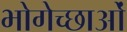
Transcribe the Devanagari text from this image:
भोगेच्छाओं